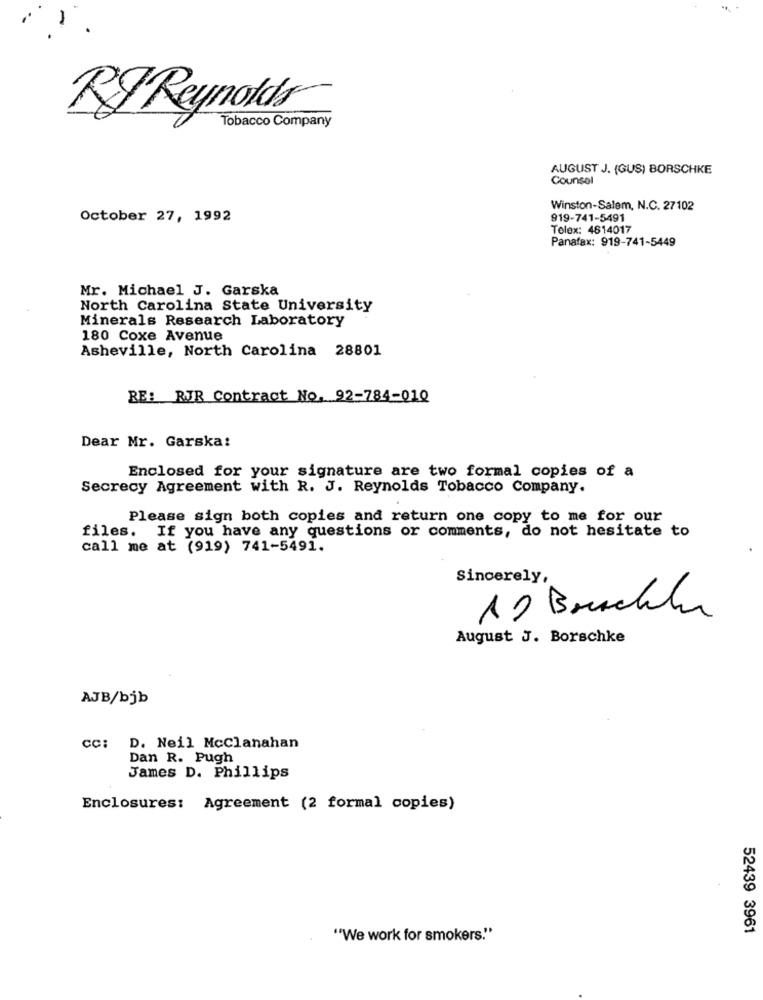
RF Reynolds
Tobacco Company
AUGUST J. (GUS) BORSCHKE
Counsel
Winston-Salem, N.C. 27102
October 27, 1992
919-741-5491
Telex: 4614017
Panafax: 919-741-5449
Mr. Michael J. Garska
North Carolina State University
Minerals Research Laboratory
180 Coxe Avenue
Asheville, North Carolina 28801
RE: RJR Contract No. 92-784-010
Dear Mr. Garska:
Enclosed for your signature are two formal copies of a
Secrecy Agreement with R. J. Reynolds Tobacco Company.
Please sign both copies and return one copy to me for our
files. If you have any questions or comments, do not hesitate to
call me at (919) 741-5491.
Sincerely,
12 Brachte
August J. Borschke
AJB/bjb
CC: D. Neil Mcclanahan
Dan R. Pugh
James D. Phillips
Enclosures: Agreement (2 formal copies)
52439 3961
"We work for smokers."